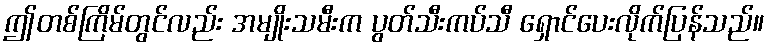
ဤတစ်ကြိမ်တွင်လည်း အမျိုးသမီးက ပွတ်သီးကပ်သီ ရှောင်ပေးလိုက်ပြန်သည်။